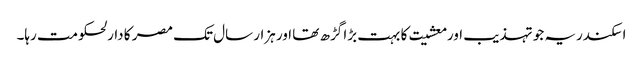
اسکندریہ جو تہذیب اور معشیت کا بہت بڑا گڑھ تھا اور ہزار سال تک مصر کا دارلحکومت رہا۔